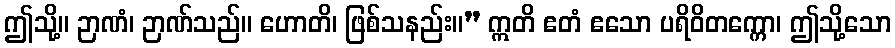
ဤသို့။ ဉာဏံ၊ ဉာဏ်သည်။ ဟောတိ၊ ဖြစ်သနည်း။” ဣတိ ဧတံ ဧသော ပရိဝိတက္ကော၊ ဤသို့သော